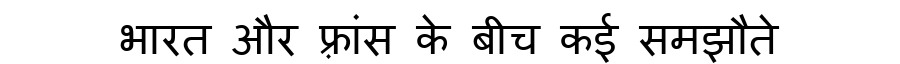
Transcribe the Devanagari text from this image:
भारत और फ़्रांस के बीच कई समझौते